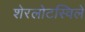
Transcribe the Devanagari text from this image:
शेरलोटस्विले